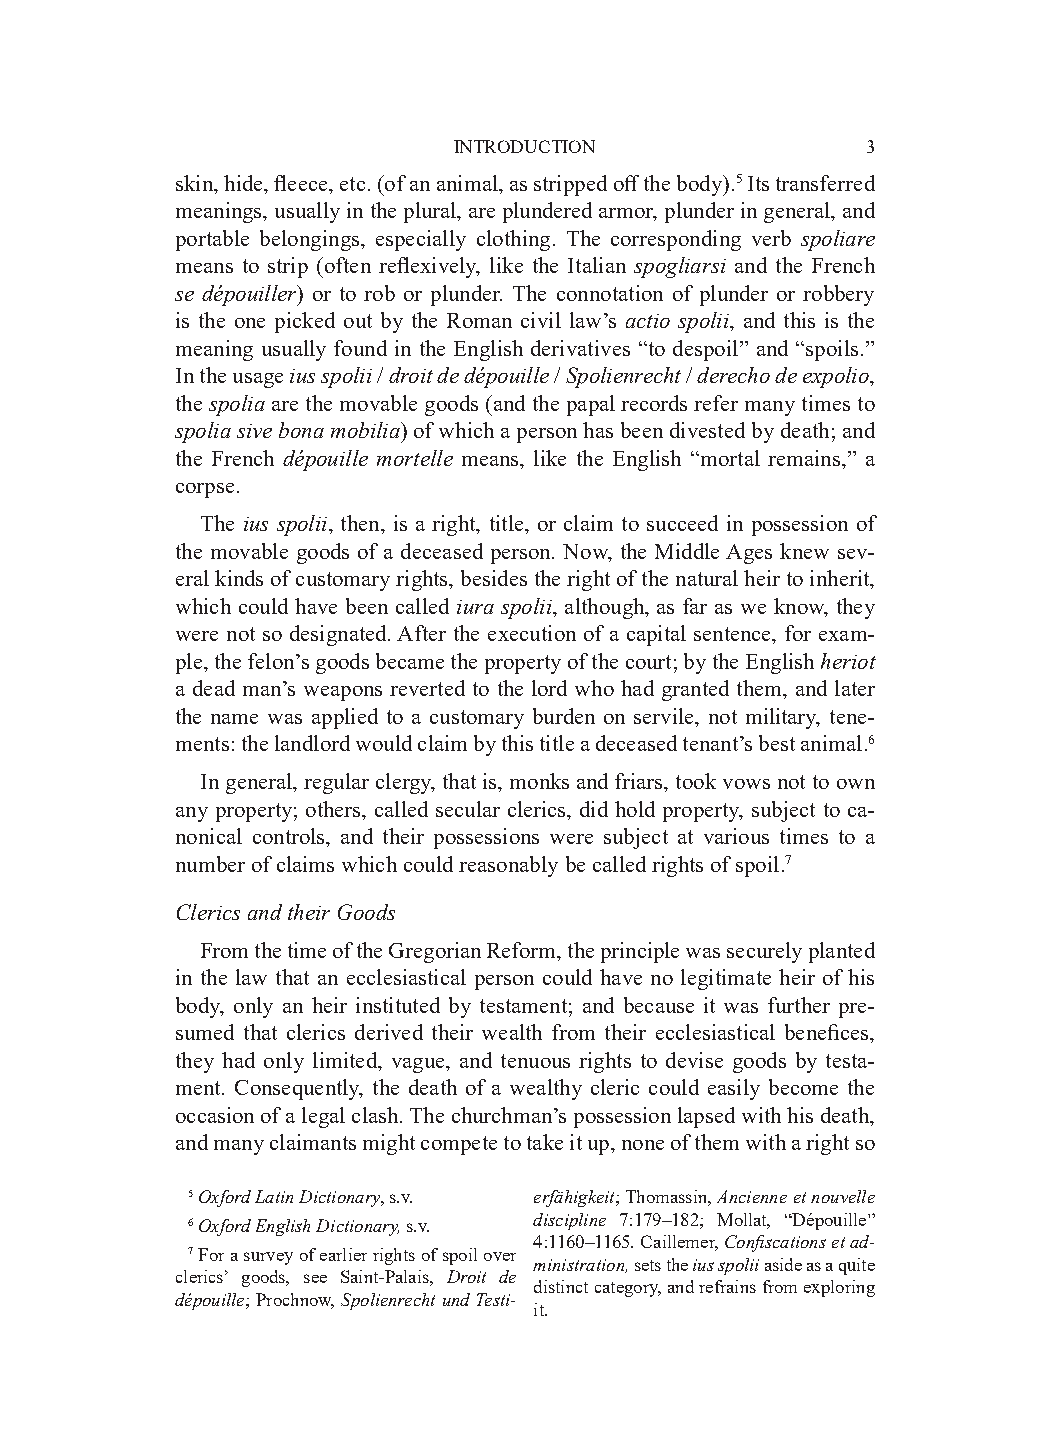
INTRODUCTION               3
 skin, hide, fleece, etc. (of an animal, as stripped off the body).5 Its transferred
 meanings, usually in the plural, are plundered armor, plunder in general, and
 portable belongings, especially clothing. The corresponding verb spoliare
 means to strip (often reflexively, like the Italian spogliarsi and the French
 se dépouiller) or to rob or plunder. The connotation of plunder or robbery
 is the one picked out by the Roman civil law’s actio spolii, and this is the
 meaning usually found in the English derivatives “to despoil” and “spoils.”
 In the usage ius spolii / droit de dépouille / Spolienrecht / derecho de expolio,
 the spolia are the movable goods (and the papal records refer many times to
 spolia sive bona mobilia) of which a person has been divested by death; and
 the French dépouille mortelle means, like the English “mortal remains,” a
 corpse.
 The ius spolii, then, is a right, title, or claim to succeed in possession of
 the movable goods of a deceased person. Now, the Middle Ages knew sev-
 eral kinds of customary rights, besides the right of the natural heir to inherit,
 which could have been called iura spolii, although, as far as we know, they
 were not so designated. After the execution of a capital sentence, for exam-
 ple, the felon’s goods became the property of the court; by the English heriot
 a dead man’s weapons reverted to the lord who had granted them, and later
 the name was applied to a customary burden on servile, not military, tene-
 ments: the landlord would claim by this title a deceased tenant’s best animal.6
 In general, regular clergy, that is, monks and friars, took vows not to own
 any property; others, called secular clerics, did hold property, subject to ca-
 nonical controls, and their possessions were subject at various times to a
 number of claims which could reasonably be called rights of spoil.7
 Clerics and their Goods
 From the time of the Gregorian Reform, the principle was securely planted
 in the law that an ecclesiastical person could have no legitimate heir of his
 body, only an heir instituted by testament; and because it was further pre-
 sumed that clerics derived their wealth from their ecclesiastical benefices,
 they had only limited, vague, and tenuous rights to devise goods by testa-
 ment. Consequently, the death of a wealthy cleric could easily become the
 occasion of a legal clash. The churchman’s possession lapsed with his death,
 and many claimants might compete to take it up, none of them with a right so
 5 Oxford Latin Dictionary, s.v. erfähigkeit; Thomassin, Ancienne et nouvelle
 6 Oxford English Dictionary, s.v. discipline 7:179–182; Mollat, “Dépouille”
 4:1160–1165. Caillemer, Confiscations et ad­
 7 For a survey of earlier rights of spoil over
 ministration, sets the ius spolii aside as a quite
 clerics’ goods, see Saint-Palais, Droit de
 distinct category, and refrains from exploring
 dépouille; Prochnow, Spolienrecht und Testi­
 it.